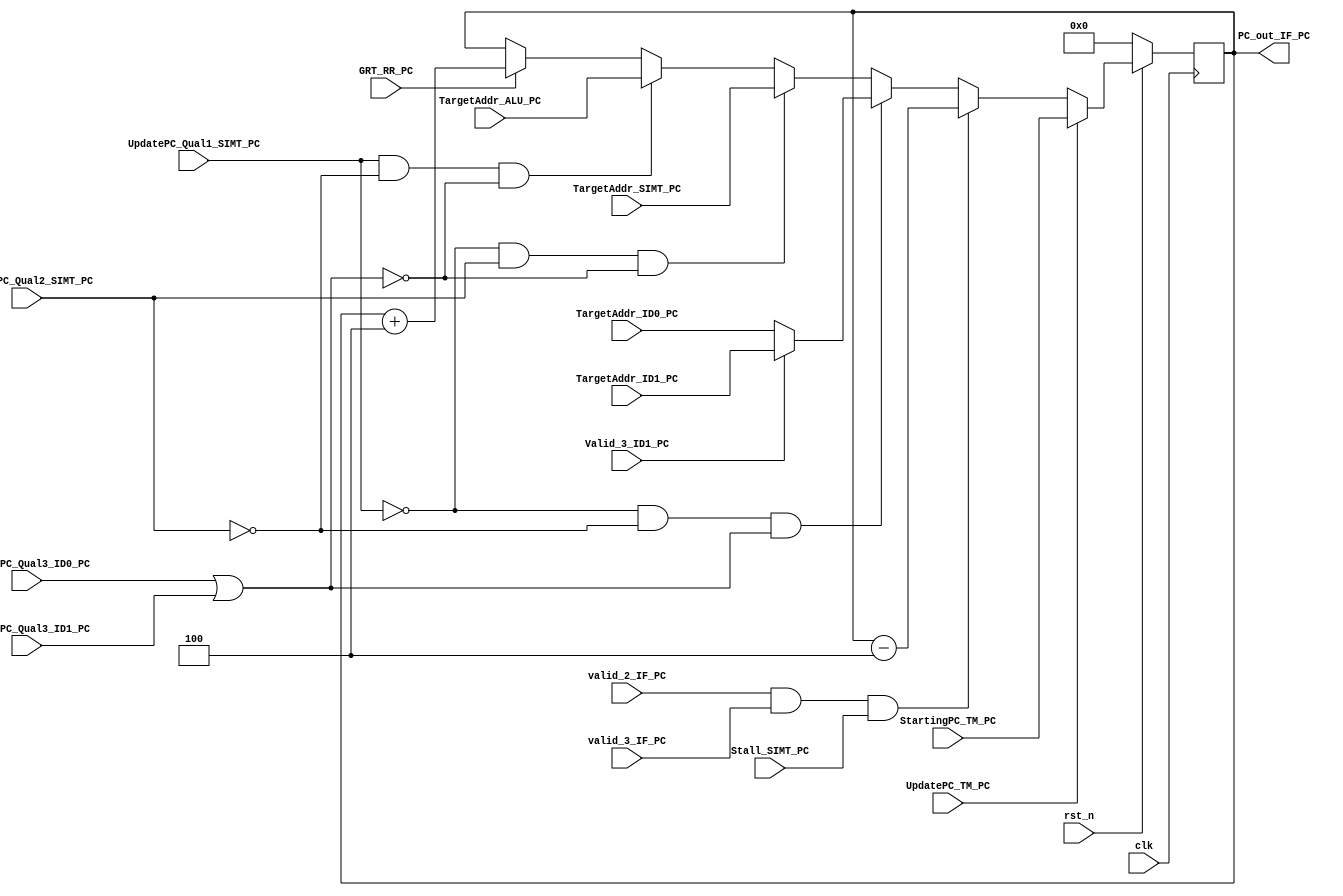
module PC_update #(
	parameter DATA = 32,
    parameter ADDR = 12
)(
	input clk, 
	input rst_n,
	//From TM
	input UpdatePC_TM_PC,
	input [31:0] StartingPC_TM_PC,
	//From ALU
	input [31:0] TargetAddr_ALU_PC, //work with UpdatePC_Qual1_SIMT_PC
	//From SIMT
	input Stall_SIMT_PC,
	input UpdatePC_Qual1_SIMT_PC,
	input UpdatePC_Qual2_SIMT_PC,
	input [31:0] TargetAddr_SIMT_PC, //work with UpdatePC_Qual2_SIMT_PC
	//From RR(PC)
	input GRT_RR_PC,
	//From IF
	input valid_2_IF_PC, valid_3_IF_PC,
	//From ID
	input Valid_3_ID1_PC,
	input UpdatePC_Qual3_ID0_PC,
	input UpdatePC_Qual3_ID1_PC,
	input [31:0] TargetAddr_ID0_PC,
	input [31:0] TargetAddr_ID1_PC,
	
	//To IF
	output [31:0] PC_out_IF_PC
);

reg [31:0] PC_reg;
reg [31:0] PC_next;
wire UpdatePC_Qual3_ID_PC;

assign PC_out_IF_PC = PC_reg;
assign UpdatePC_Qual3_ID_PC = UpdatePC_Qual3_ID0_PC || UpdatePC_Qual3_ID1_PC;

//Update_PC
always @(*) begin
	PC_next = PC_reg;
	if (!rst_n)
		PC_next = 32'b0;
	else if (UpdatePC_TM_PC)
		PC_next = StartingPC_TM_PC;
	else if (valid_2_IF_PC && valid_3_IF_PC && Stall_SIMT_PC)
		PC_next = PC_reg - 4;
	else if (!UpdatePC_Qual1_SIMT_PC && !UpdatePC_Qual2_SIMT_PC && UpdatePC_Qual3_ID_PC)
		if (Valid_3_ID1_PC)
			PC_next = TargetAddr_ID1_PC;
		else
			PC_next = TargetAddr_ID0_PC;
	else if (!UpdatePC_Qual1_SIMT_PC && UpdatePC_Qual2_SIMT_PC && !UpdatePC_Qual3_ID_PC)
		PC_next = TargetAddr_SIMT_PC;
	else if (UpdatePC_Qual1_SIMT_PC && !UpdatePC_Qual2_SIMT_PC && !UpdatePC_Qual3_ID_PC)
		PC_next = TargetAddr_ALU_PC;
	else if (GRT_RR_PC)
		PC_next = PC_reg + 4;
end
always @(posedge clk) begin
	PC_reg <= PC_next;
end



endmodule